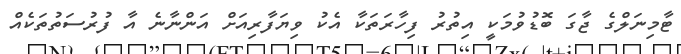
ޓާމިނަލްގެ ޖާގަ ބޮޑުވުމަކީ އިތުރު ފިހާރަތަކާ އެކު ވިޔަފާރިއަށް އަންނާނެ އާ ފުރުސަތުތަކެއް